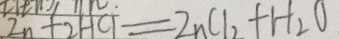
2 n + 2 H C l = Z n C l _ { 2 } + H _ { 2 } O